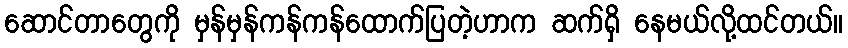
ဆောင်တာတွေကို မှန်မှန်ကန်ကန်ထောက်ပြတဲ့ဟာက ဆက်ရှိ နေမယ်လို့ထင်တယ်။